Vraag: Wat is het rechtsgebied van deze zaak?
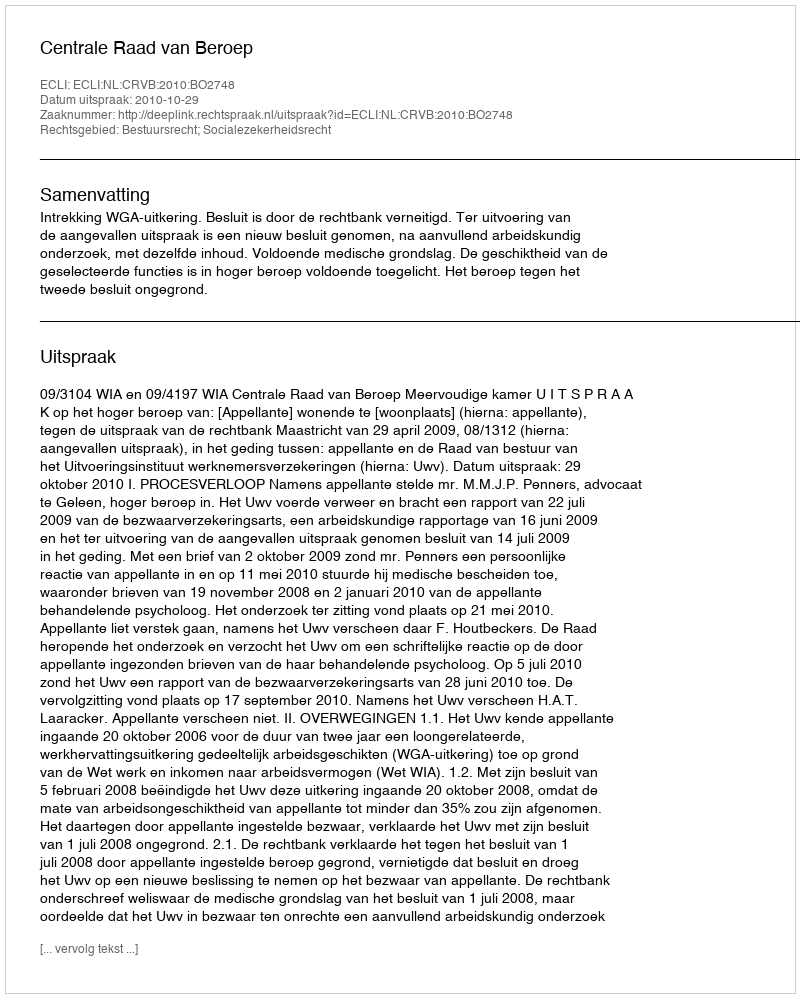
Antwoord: Bestuursrecht; Socialezekerheidsrecht